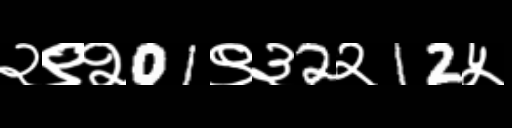
Text: २९२01९३2२12५